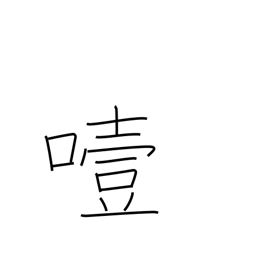
Meaning: choke